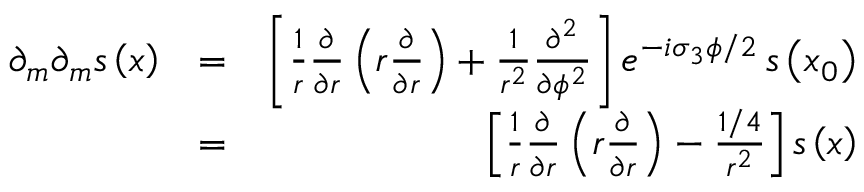
\begin{array} { r l r } { \partial _ { m } \partial _ { m } s \left( \boldsymbol { x } \right) } & { = } & { \left[ \frac { 1 } { r } \frac { \partial } { \partial r } \left( r \frac { \partial } { \partial r } \right) + \frac { 1 } { r ^ { 2 } } \frac { \partial ^ { 2 } } { \partial \phi ^ { 2 } } \right] e ^ { - i \sigma _ { 3 } \phi / 2 } \, s \left( \boldsymbol { x } _ { 0 } \right) } \\ & { = } & { \left[ \frac { 1 } { r } \frac { \partial } { \partial r } \left( r \frac { \partial } { \partial r } \right) - \frac { 1 / 4 } { r ^ { 2 } } \right] s \left( \boldsymbol { x } \right) } \end{array}